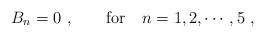
\begin{align*}B_n = 0 \ ,~~~~~~ {\rm for} ~~~ n = 1,2,\cdots,5 \ , \end{align*}